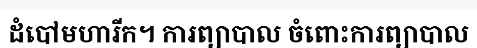
ដំបៅមហារីក។ ការព្យាបាល ចំពោះការព្យាបាល